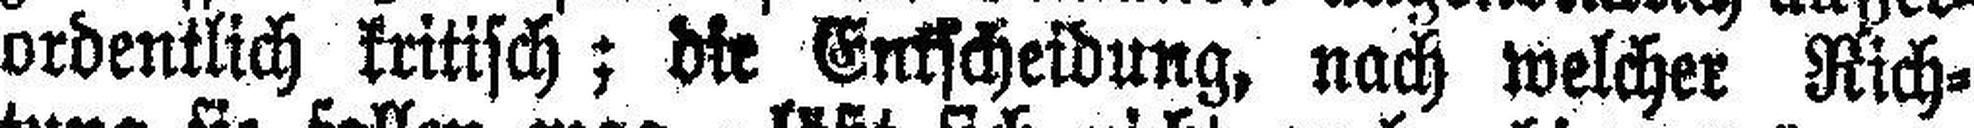
ordentlich kritisch; die Entscheidung, nach welcher Rich¬